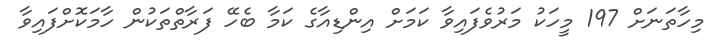
މިހާތަނަށް 197 މީހަކު މަރުވެފައިވާ ކަމަށް އިންޑިއާގެ ކަމާ ބެހޭ ފަރާތްތަކުން ހާމަކޮށްފައިވާ